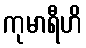
ကုမာရီဟိ